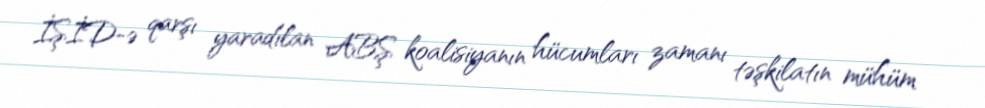
İŞİD-ə qarşı yaradılan ABŞ koalisiyanın hücumları zamanı təşkilatın mühüm